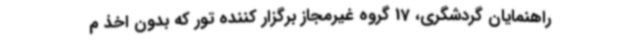
راهنمایان گردشگری، 17 گروه غیرمجاز برگزار کننده تور که بدون اخذ م